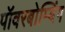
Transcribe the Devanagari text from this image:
पॉवरबोम्बिंग